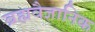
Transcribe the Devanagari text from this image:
ब्रह्मवैज्ञानिक